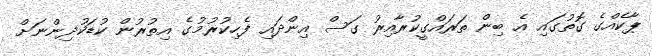
ޕާކެއްގެ ގޮތުގައި އެ ބިން ތަރައްގީކުރާއިރު ގަސް އިންދައި ފެހިކުރުމުގެ އިތުރުން ކުޑަކުދިންނަށް